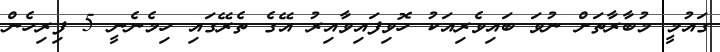
ގައުމީ މުބާރާތަށް ނުވަ ބައިވެރިއަކު ހޮވިފައިވާއިރު އޭގެ ތެރޭގައި ހިމެނެނީ 5 ފިރިހެން